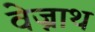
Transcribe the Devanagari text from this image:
वेज्नाथ